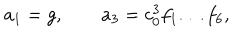
a _ { 1 } = g , \qquad a _ { 3 } = c _ { 0 } ^ { 3 } f _ { 1 } \dots f _ { 6 } ,